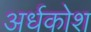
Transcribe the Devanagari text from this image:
अर्धकोश